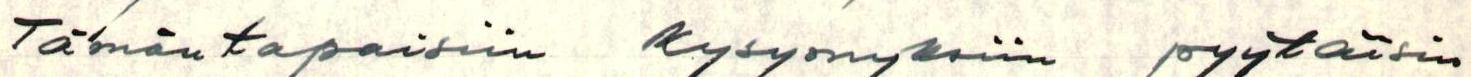
Tämäntapaisiin kysymyksiin pyytäisin